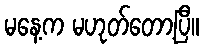
မနေ့က မဟုတ်တော့ပြီ။